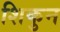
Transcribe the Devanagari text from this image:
शिकुन